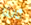
ثالثا